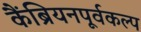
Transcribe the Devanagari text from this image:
कैंब्रियनपूर्वकल्प